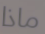
ماذا